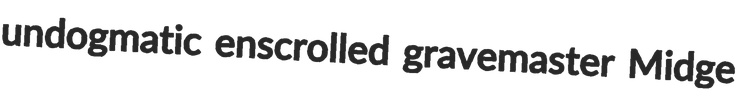
undogmatic enscrolled gravemaster Midge